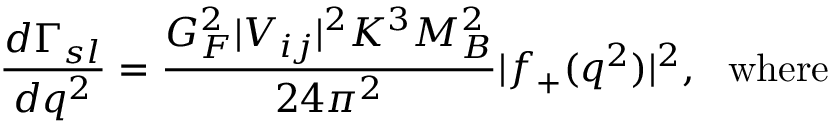
{ \frac { d \Gamma _ { s l } } { d q ^ { 2 } } } = { \frac { G _ { F } ^ { 2 } | V _ { i j } | ^ { 2 } K ^ { 3 } M _ { B } ^ { 2 } } { 2 4 \pi ^ { 2 } } } | f _ { + } ( q ^ { 2 } ) | ^ { 2 } , \mathrm { ~ ~ w h e r e }